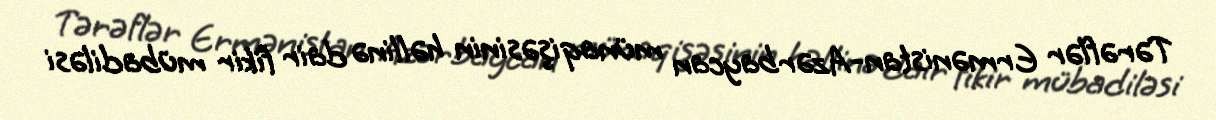
Tərəflər Ermənistan-Azərbaycan münaqişəsinin həllinə dair fikir mübadiləsi